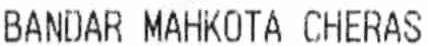
BANDAR MAHKOTA CHERAS